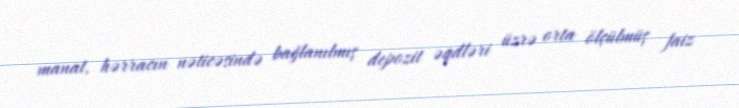
manat, hərracın nəticəsində bağlanılmış depozit əqdləri üzrə orta ölçülmüş faiz